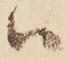
ハ